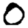
Digit: 0